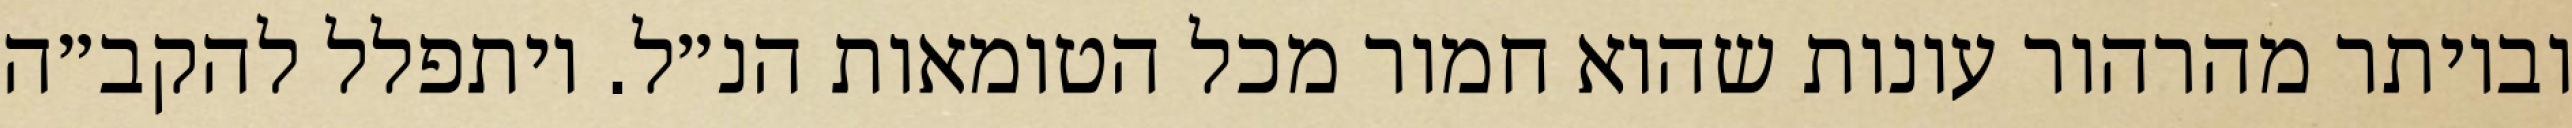
וביותר מהרהור עונות שהוא חמור מכל הטומאות הנ״ל. ויתפלל להקב״ה